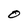
Character: O